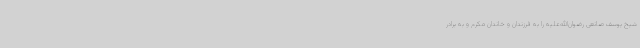
شیخ یوسف صانعی رضوان‌الله‌علیه را به فرزندان و خاندان مکرم و به برادر